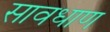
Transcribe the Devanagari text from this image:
सावधाण